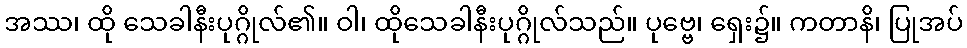
အဿ၊ ထို သေခါနီးပုဂ္ဂိုလ်၏။ ဝါ၊ ထိုသေခါနီးပုဂ္ဂိုလ်သည်။ ပုဗ္ဗေ၊ ရှေး၌။ ကတာနိ၊ ပြုအပ်